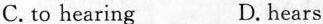
C. to hearing D. hears